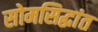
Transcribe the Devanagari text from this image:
सोमसिद्धांत